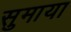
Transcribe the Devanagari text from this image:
सुमाया